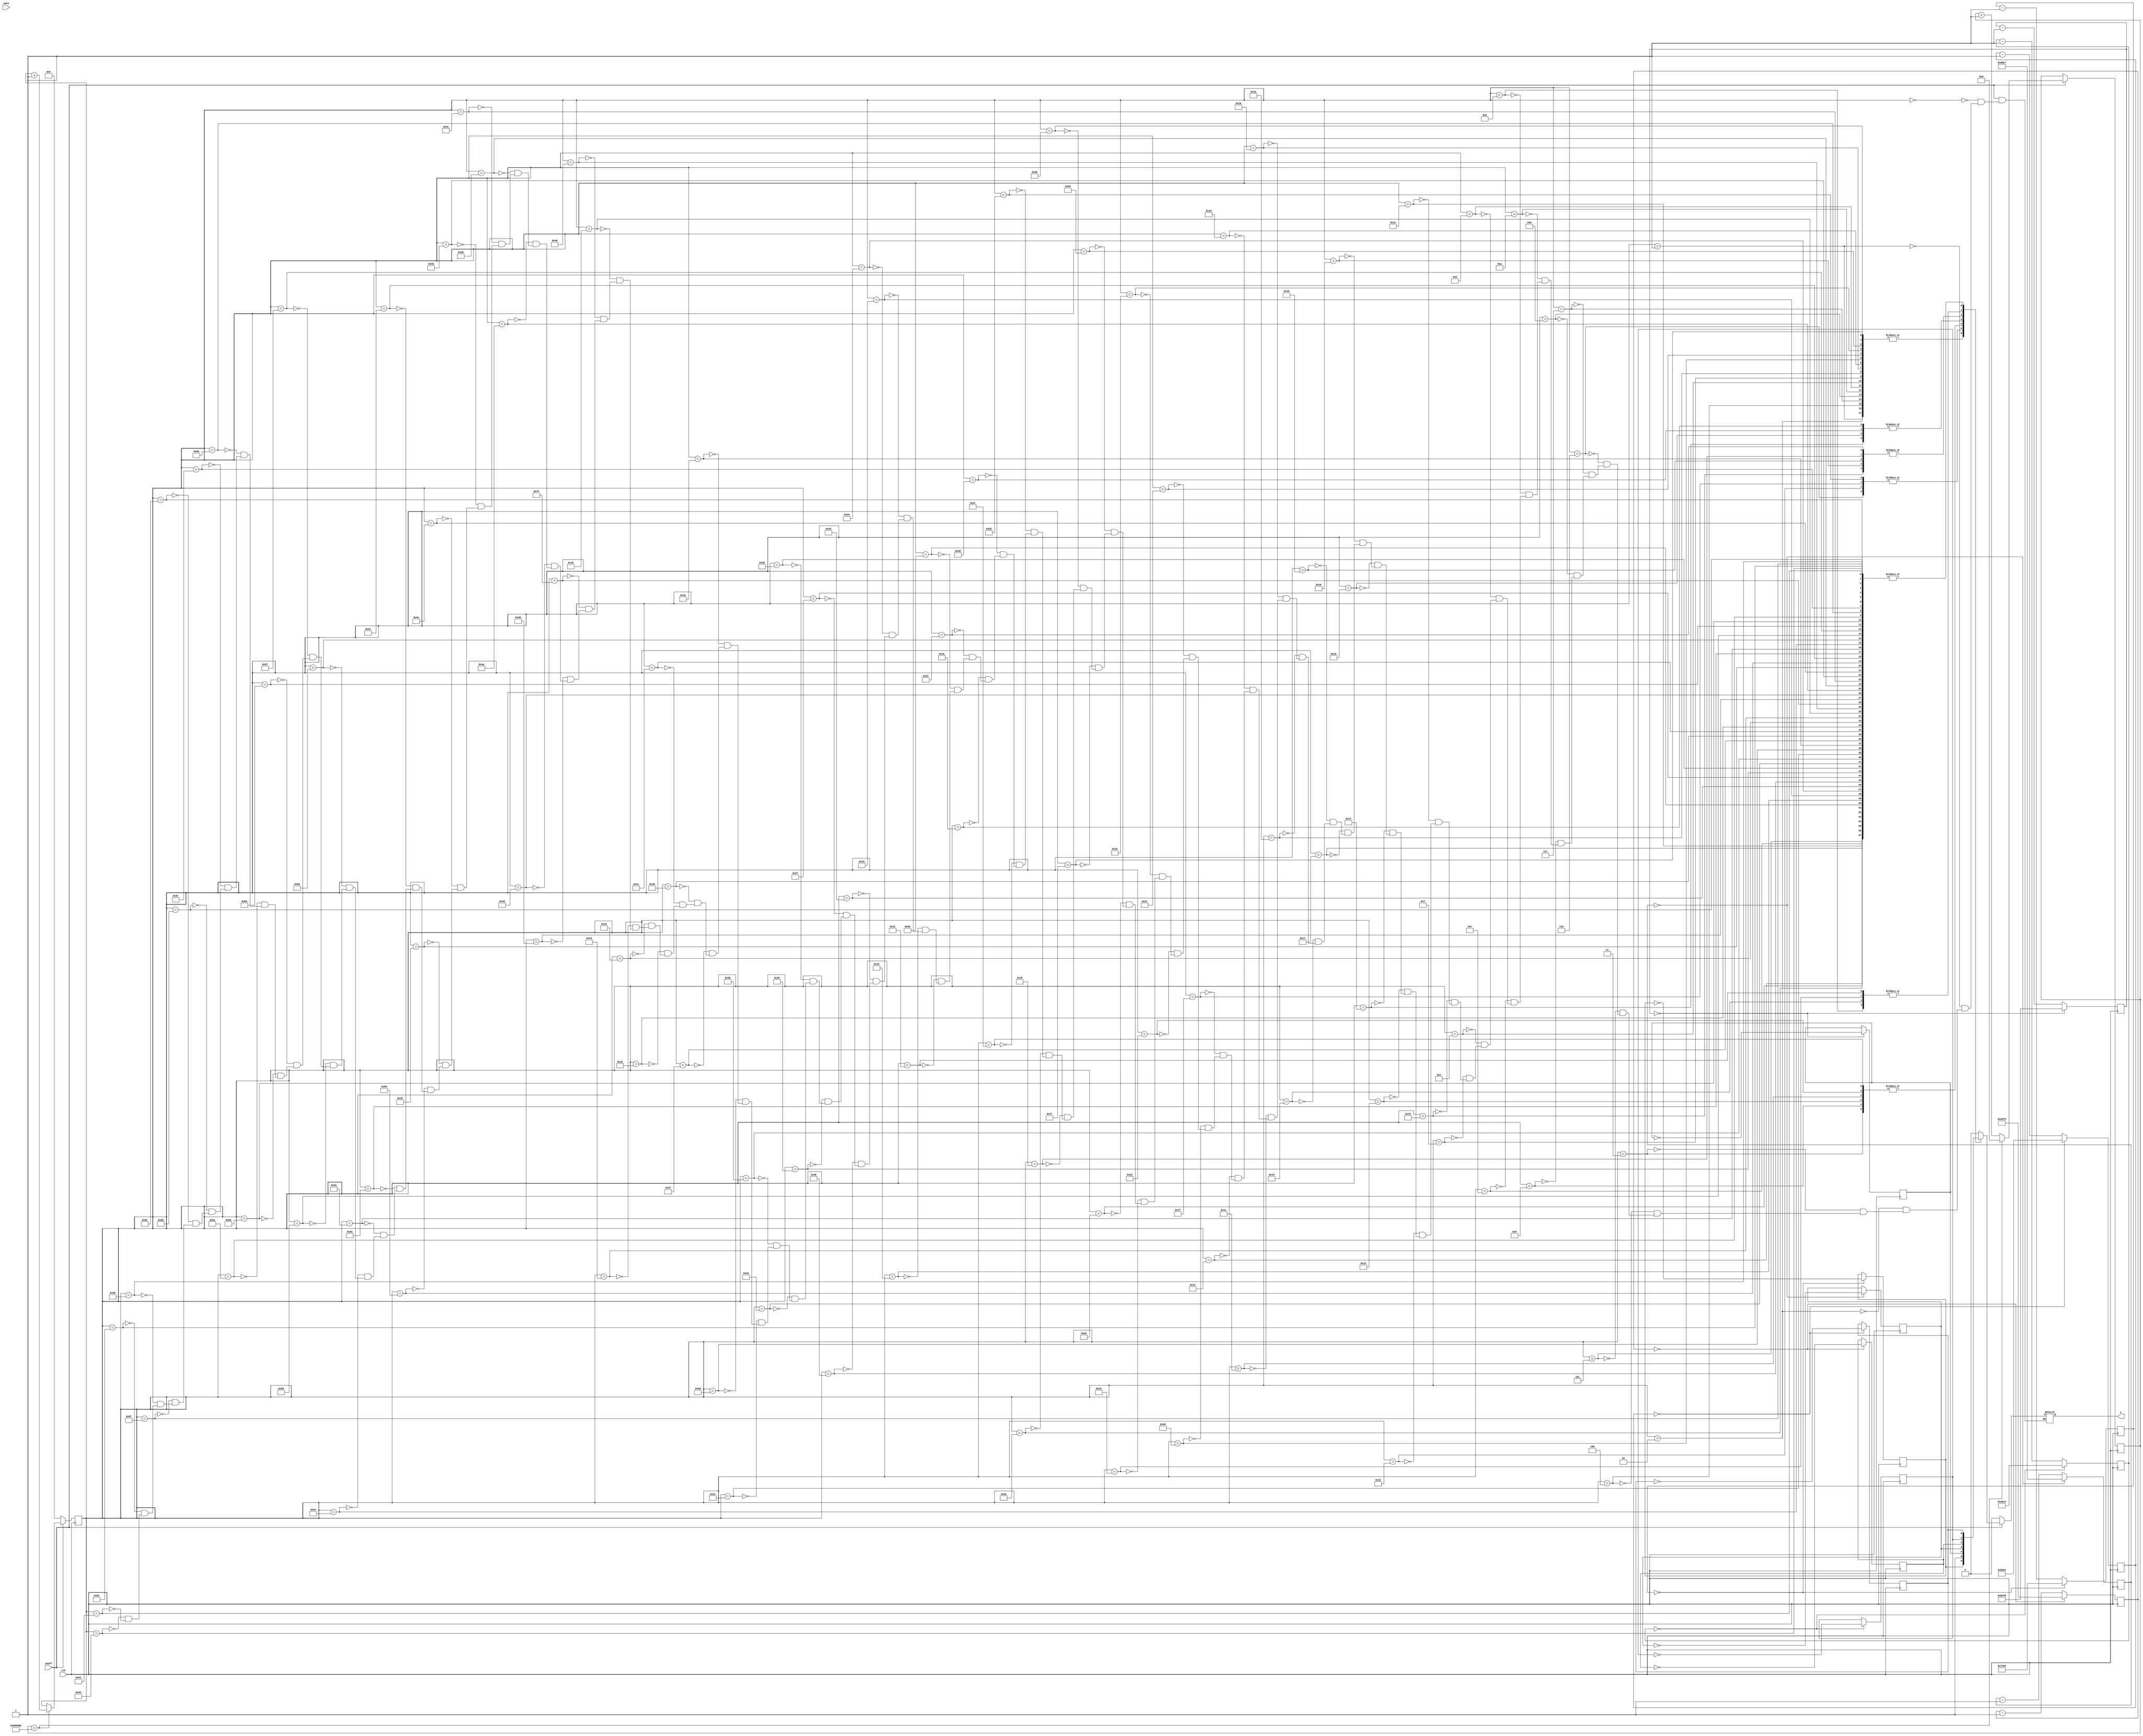
module sound(
    input	clk,
	 input	onoff,
	 input [6:0] note,
	 output o
	 );
	parameter doo = (25000000/262/2);
	parameter re = (25000000/294/2);
	parameter mi = (25000000/330/2);
	parameter fa = (25000000/349/2);
	parameter sol = (25000000/392/2);
	parameter la = (25000000/440/2);
	parameter si = (25000000/494/2);
	reg s_do,s_re,s_mi,s_fa,s_sol,s_la,s_si;
	reg [31:0] cnt1,cnt2,cnt3,cnt4,cnt5,cnt6,cnt7;
	reg sp;
	assign	o = sp;

	always@(posedge clk)
	begin
	//do
	if(cnt1 == 0) cnt1 <= doo-1; else cnt1 <= cnt1-1;
	end
	always@(posedge clk) if(cnt1 == 0) s_do <= ~s_do;
	
	always@(posedge clk)
	begin
	//re
	if(cnt2 == 0) cnt2 <= re-1; else cnt2 <= cnt2-1;
	end
	always@(posedge clk) if(cnt2 == 0) s_re <= ~s_re;
	
	always@(posedge clk)
	begin
	//re
	if(cnt3 == 0) cnt3 <= mi-1; else cnt3 <= cnt3-1;
	end
	always@(posedge clk) if(cnt3 == 0) s_mi <= ~s_mi;
	
	always@(posedge clk)
	begin
	//re
	if(cnt4 == 0) cnt4 <= fa-1; else cnt4 <= cnt4-1;
	end
	always@(posedge clk) if(cnt4 == 0) s_fa <= ~s_fa;
	
	always@(posedge clk)
	begin
	//re
	if(cnt5 == 0) cnt5 <= sol-1; else cnt5 <= cnt5-1;
	end
	always@(posedge clk) if(cnt5 == 0) s_sol <= ~s_sol;
	
	always@(posedge clk)
	begin
	//re
	if(cnt6 == 0) cnt6 <= la-1; else cnt6 <= cnt6-1;
	end
	always@(posedge clk) if(cnt6 == 0) s_la <= ~s_la;
	
	always@(posedge clk)
	begin
	//re
	if(cnt7 == 0) cnt7 <= si-1; else cnt7 <= cnt7-1;
	end
	always@(posedge clk) if(cnt7 == 0) s_si <= ~s_si;
	
	reg[6:0] state = 0;
	reg sclk;
	always@(state)
		if(onoff == 0) sp<=0;
		else
			begin
				case (state)
				0 : sp <= 0;
				1 : sp<=s_sol; 
				2 : sp<=s_sol; 
				3 : sp<=s_la; 
				4 : sp<=s_sol;
				5 : sp<=s_do; 
				6 : sp<=s_; 
				7 : sp<=s_sol; 
				8 : sp<=s_sol;
				9 : sp<=s_la; 
				10 : sp<=s_sol; 
				11 : sp<=s_re; 
				12 : sp<=s_do;
				13 : sp<=s_sol; 
				14 : sp<=s_sol; 
				15 : sp<=s_sol; 
				16 : sp<=s_mi; 
				17 : sp<=s_do; 
				18 : sp<=s_;
				19 : sp<=s_la; 
				20 : sp<=s_fa; 
				21 : sp<=s_fa; 
				22 : sp<=s_mi;
				23 : sp<=s_do; 
				24 : sp<=s_mi; 
				25 : sp<=s_re; 
				26 : sp<=s_sol;
				27 : sp<=s_sol; 
				28 : sp<=s_la; 
				29 : sp<=s_sol; 
				30 : sp<=s_do;
				31 : sp<=s_; 
				32 : sp<=s_sol; 
				33 : sp<=s_sol; 
				34 : sp<=s_la;
				35 : sp<=s_sol; 
				36 : sp<=s_re;
				37 : sp<=s_do; 
				38 : sp<=s_sol; 
				39 : sp<=s_sol;  
				40 : sp<=s_sol; 
				41 : sp<=s_mi; 
				42 : sp<=s_do; 
				43 : sp<=s_; 
				44 : sp<=s_la; 
				45 : sp<=s_fa; 
				46 : sp<=s_fa; 
				47 : sp<=s_mi; 
				48 : sp<=s_do; 
				49 : sp<=s_re; 
				50 : sp<=s_do;
				 
				51 : sp<=s_do; 
				52 : sp<=s_do; 
				53 : sp<=s_do; 
				54 : sp<=s_do; 
				55 : sp<=s_do; 
				56 : sp<=s_do; 
				57 : sp<=s_do; 
				58 : sp<=s_do; 
				59 : sp<=s_do; 
				60 : sp<=s_do; 
				61 : sp<=s_do; 
				62 : sp<=s_do; 
				63 : sp<=s_do; 
				64 : sp<=s_do; 
				65 : sp<=s_do; 
				66 : sp<=s_do; 
				67 : sp<=s_do; 
				68 : sp<=s_do; 
				69 : sp<=s_do; 
				70 : sp<=s_do; 
				71 : sp<=s_do; 
				72 : sp<=s_do; 
				73 : sp<=s_do; 
				74 : sp<=s_do; 
				75 : sp<=s_do; 
				76 : sp<=s_do; 
				77 : sp<=s_do; 
				78 : sp<=s_do; 
				79 : sp<=s_do; 
				80 : sp<=s_do; 
				81 : sp<=s_do; 
				82 : sp<=s_do; 
				83 : sp<=s_do; 
				84 : sp<=s_do; 
				85 : sp<=s_do;
				86 : sp<=s_do;  
				87 : sp<=s_do; 
				88 : sp<=s_do; 
				89 : sp<=s_do; 
				90 : sp<=s_do; 
				91 : sp<=s_do; 
				92 : sp<=s_do; 
				93 : sp<=s_do; 
				94 : sp<=s_do; 
				95 : sp<=s_do; 
				96 : sp<=s_do; 
				97 : sp<=s_do; 
				98 : sp<=s_do; 
				99 : sp<=s_do;  
			endcase
		end
	reg [31:0] cnt;
	always@(posedge clk)
	if(onoff ==0) state <=0; else
	begin
		if(cnt == 10000000) begin state <= state+1; cnt <=0; end
		else cnt <= cnt+1;
	end
endmodule